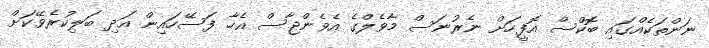
ނަންތަކެއްގައި ބޮކްސް އޮފީހަށް ނެރުނަސް މާވެލްގެ އެވެންޖާސް އެހާ ފަސޭހައިން އަދި ބަލިކުރެވޭކަށް